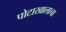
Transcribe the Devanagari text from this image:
पोटाखालाचा